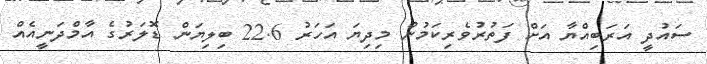
ސައުދީ އަރަބިއްޔާ އަށް ފަތުރުވެރިކަމުން މިދިޔަ އަހަރު 22.6 ބިލިޔަން ޑޮލަރުގެ އާމްދަނީއެއް